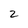
Character: 2